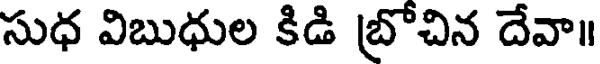
సుధ విబుధుల కిడి బ్రోచిన దేవా॥